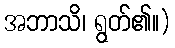
အဘာသိ၊ ရွတ်၏။)